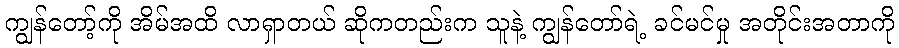
ကျွန်တော့်ကို အိမ်အထိ လာရှာတယ် ဆိုကတည်းက သူနဲ့ ကျွန်တော်ရဲ့ ခင်မင်မှု အတိုင်းအတာကို